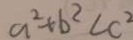
a ^ { 2 } + b ^ { 2 } < c ^ { 2 }